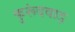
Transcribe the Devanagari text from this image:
कुरूंदवाड़